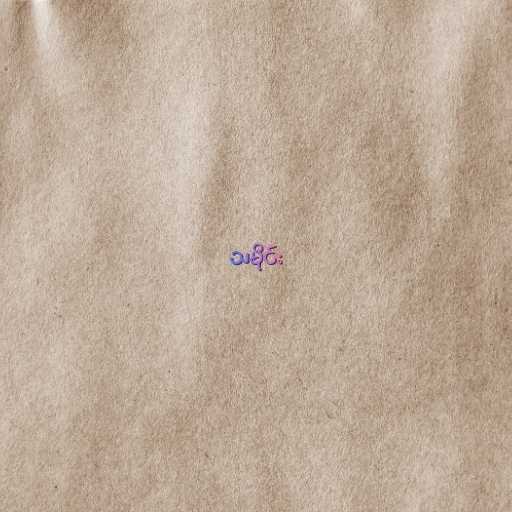
သမိုင်း